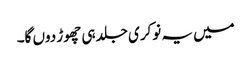
میں یہ نوکری جلد ہی چھوڑ دوں گا۔